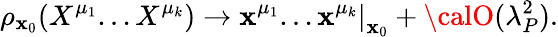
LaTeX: \rho_{\mathbf{x}_{0}}(X^{\mu_{1}}...X^{\mu_{k}})\rightarrow\left.\mathbf{x}^{\mu_{1}}...\mathbf{x}^{\mu_{k}}\right|_{\mathbf{x}_{0}}+{\calO}(\lambda_{P}^{2}).